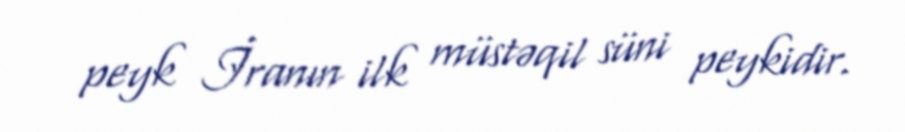
peyk İranın ilk müstəqil süni peykidir.